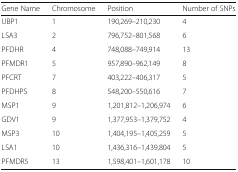
| Gene Name | Chromosome | Position | Number of SNPs |
 | --- | --- | --- | --- |
 | UBP1 | 1 | 190,269–210,230 | 4 |
 | LSA3 | 2 | 796,752–801,568 | 6 |
 | PFDHR | 4 | 748,088–749,914 | 13 |
 | PFMDR1 | 5 | 957,890–962,149 | 8 |
 | PFCRT | 7 | 403,222–406,317 | 5 |
 | PFDHPS | 8 | 548,200–550,616 | 7 |
 | MSP1 | 9 | 1,201,812–1,206,974 | 6 |
 | GDV1 | 9 | 1,377,953–1,379,752 | 4 |
 | MSP3 | 10 | 1,404,195–1,405,259 | 5 |
 | LSA1 | 10 | 1,436,316–1,439,804 | 5 |
 | PFMDR5 | 13 | 1,598,401–1,601,178 | 10 |